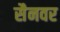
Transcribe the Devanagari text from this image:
सैनवर